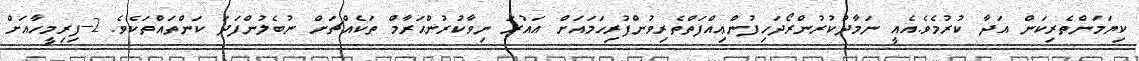
ކިޔަމަންތެރިކަން އަދާ ކުރުމެވެ.އެއީ ނަމާދުކުރުންރޯދަހިފުންޢިއްފަތްތެރިވުންފުރިހަމައަށް ޢައުރަ ނިވާކުރުންޙަރާމް ތަކެއްޗަށް ނުބެލުންފަދަ ކަންތައްތަކެވެ. 2-ފިރިމީހާއަށް